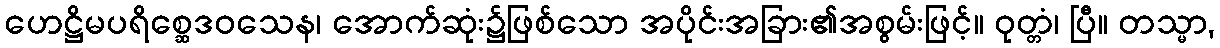
ဟေဋ္ဌိမပရိစ္ဆေဒဝသေန၊ အောက်ဆုံး၌ဖြစ်သော အပိုင်းအခြား၏အစွမ်းဖြင့်။ ဝုတ္တံ၊ ပြီ။ တသ္မာ,